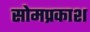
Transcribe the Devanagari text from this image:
सोमप्रकाश